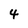
Character: 4